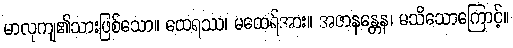
မာလုကျ၏သားဖြစ်သော။ ထေရဿ၊ မထေရ်အား။ အဇာနန္တေန၊ မသိသောကြောင့်။